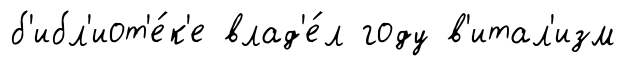
б'ибл'иот'е́к'е влад'е́л году в'итал'изм